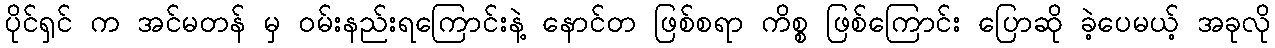
ပိုင်ရှင် က အင်မတန် မှ ဝမ်းနည်းရကြောင်းနဲ့ နောင်တ ဖြစ်စရာ ကိစ္စ ဖြစ်ကြောင်း ပြောဆို ခဲ့ပေမယ့် အခုလို